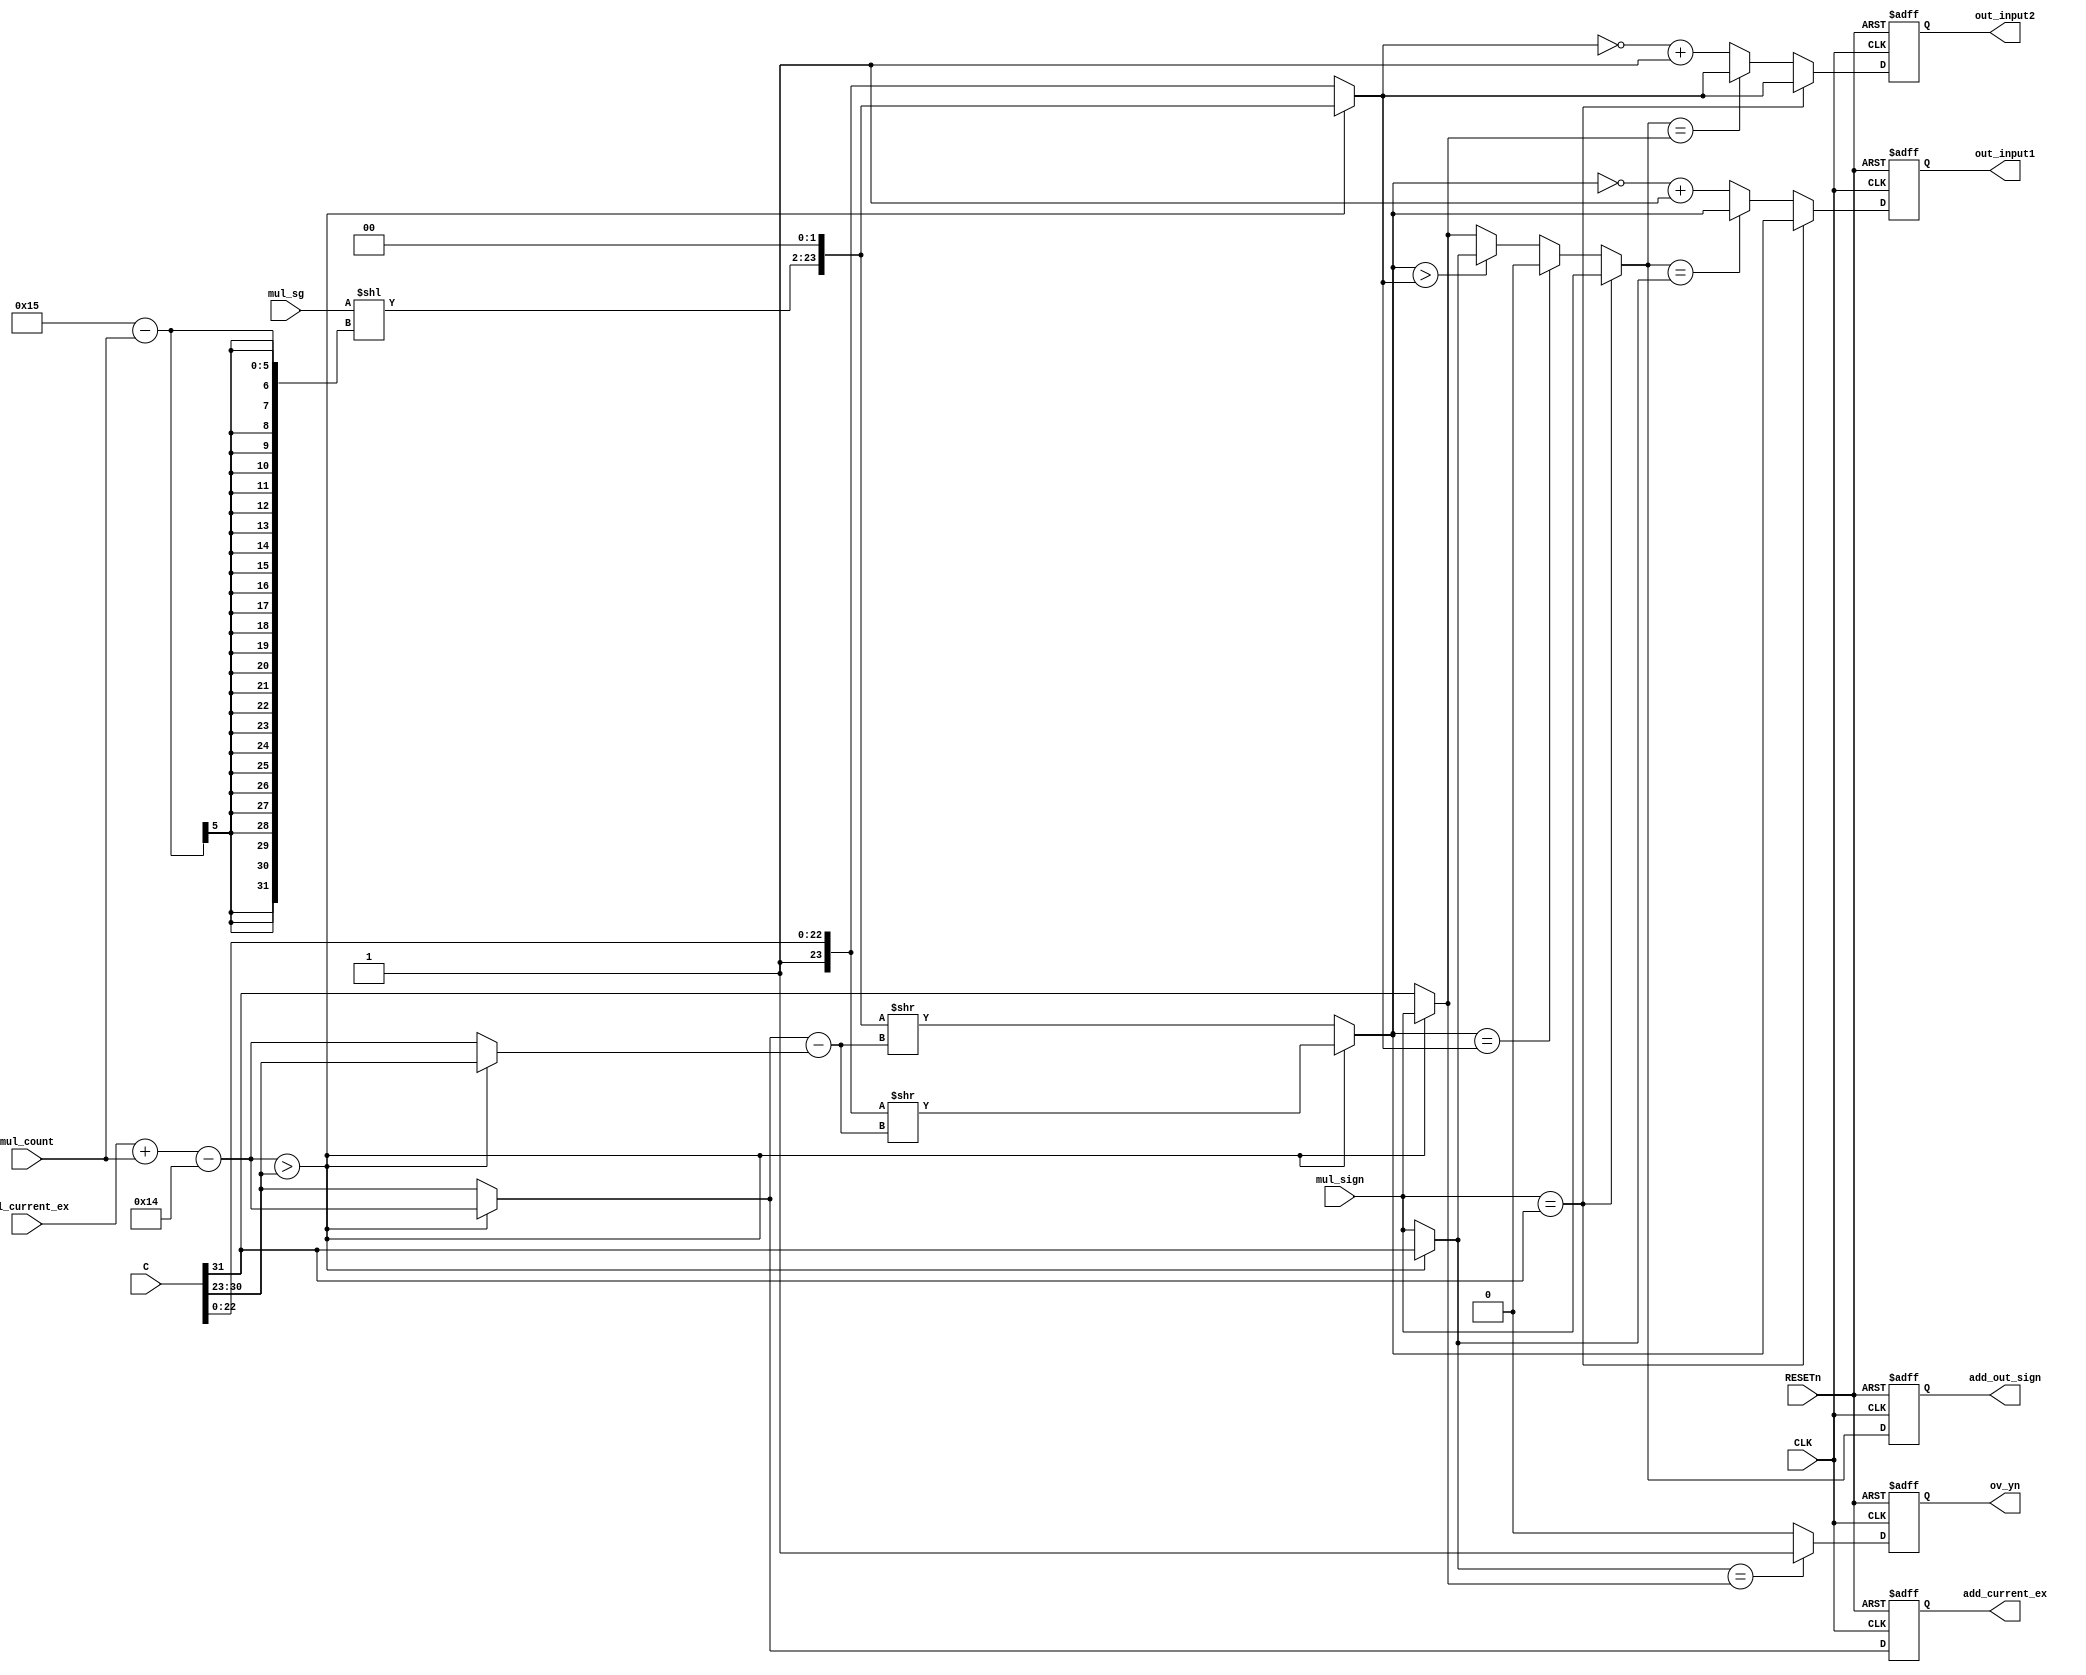
`timescale 1ns / 1ps
//////////////////////////////////////////////////////////////////////////////////
// Company: 
// Engineer: 
// 
// Design Name: 
// Module Name:    mac_step3 
// Project Name: 
// Target Devices: 
// Tool versions: 
// Description: 
//
// Dependencies: 
//
// Revision: 
// Revision 0.01 - File Created
// Additional Comments: 
//
//////////////////////////////////////////////////////////////////////////////////
module mac_step3(CLK, RESETn, C, mul_sg, mul_count, mul_current_ex, mul_sign, add_out_sign, add_current_ex, out_input1, out_input2, ov_yn);
	input CLK, RESETn;
	input [31:0] C;
	input [21:0] mul_sg;
	input [4:0] mul_count;
	input [7:0] mul_current_ex;
	input mul_sign;
	
	output reg add_out_sign, ov_yn;
	output reg [7:0] add_current_ex;
	output reg [23:0] out_input1, out_input2;
	
	///////////////////////////////////////////////
	//multiplicaton output >> A
	//input C 				  >> B
	
	
	//normalize >> multiplier output
	wire s_A = mul_sign;
	
	wire [7:0] ex_A = mul_current_ex + mul_count -20;
	
	wire [23:0] sg_A = {{mul_sg << (21-mul_count)}, 2'b00};
	
	//input C
	wire s_B = C[31];							
	wire [7:0] ex_B = C[30:23];			
	wire [23:0] sg_B = {1'b1, C[22:0]};	
	
	////////////////////////////////////////////////
	
	// ADDER 
	
	//EX comparison/////////////////////////////////////////////
	
	wire ex_comp = (ex_A > ex_B) ? 0:1;
	wire [7:0] bigger = (ex_comp) ? ex_B : ex_A;
	wire [7:0] smaller = (ex_comp) ? ex_A : ex_B;
	
	wire [7:0] ex_diff = bigger-smaller;
	wire [7:0] current_exponent = bigger;
	
	//shifting////////////////////////////////////////////////
	//in1 - exponent   - shift right
	//in2 - exponent   - 
	
	wire [23:0] in1 = (ex_comp) ? sg_A >> ex_diff : sg_B >> ex_diff;
	wire [23:0] in2 = (ex_comp) ? sg_B : sg_A;
	wire sign_in2 = (ex_comp) ? s_B : s_A;
	wire sign_in1 = (ex_comp) ? s_A : s_B;
	
	//Addition prepare///////////////////////
	//   output   significand  -ov 
	//   output  significand    -ov 
	
	wire output_sign = (s_A == s_B) ? s_A : (in1 == in2) ? 0 : (in1 > in2) ? sign_in1 : sign_in2;
	wire ov_YN = (sign_in1 == sign_in2) ? 1 : 0;
	
	//   significand   2's complement 
	wire [23:0] input1 = (s_A == s_B) ? in1 : (output_sign == sign_in1) ? in1 : ~in1+1;
	wire [23:0] input2 = (s_A == s_B) ? in2 : (output_sign == sign_in2) ? in2 : ~in2+1;
	
	
	
	
	
	
	
	///////////////////////////////////////////
	always@(posedge CLK, negedge RESETn)begin
		if(!RESETn)begin
			add_out_sign <= 0;
			add_current_ex <= 0;
			out_input1 <= 0;
			out_input2 <= 0;
			ov_yn <= 0;
		end
		else begin
			add_out_sign <= output_sign;
			add_current_ex <= current_exponent;
			out_input1 <= input1;
			out_input2 <= input2;
			ov_yn <= ov_YN;
		end
	end
endmodule